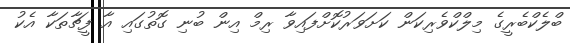
ބްލެކްބެރީގެ މިލްކްވެރިކަން ކަށަވަރުކޮށްފައިވާ ރިމް އިން ބުނި ގޮތުގައި އާ ފީޗާތަކާ އެކު